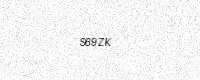
Text: S69ZK